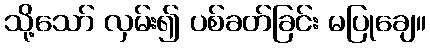
သို့သော် လှမ်း၍ ပစ်ခတ်ခြင်း မပြုချေ။